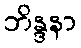
ဘိန္ဒနာ